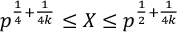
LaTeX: p ^ { { \frac { 1 } { 4 } } + { \frac { 1 } { 4 k } } } \leq X \leq p ^ { { \frac { 1 } { 2 } } + { \frac { 1 } { 4 k } } }